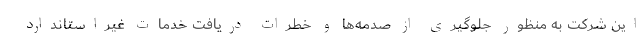
این شرکت به منظور جلوگیری از صدمه‌ها و خطرات دریافت خدمات غیراستاندارد